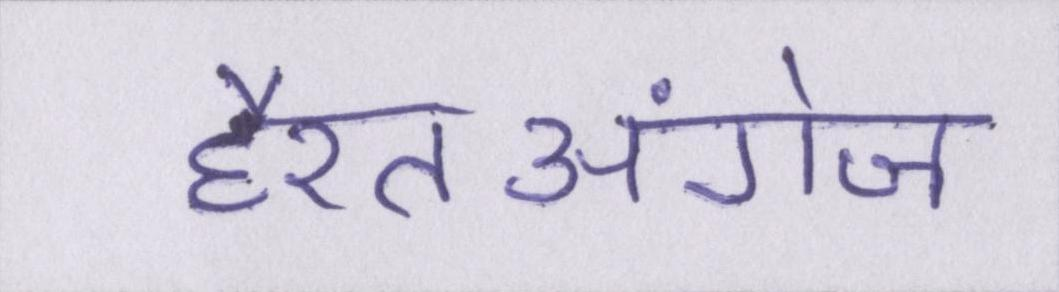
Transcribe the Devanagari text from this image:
हैरतअंगेज